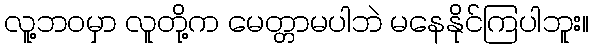
လူ့ဘ၀မှာ လူတို့က မေတ္တာမပါဘဲ မနေနိုင်ကြပါဘူး။